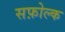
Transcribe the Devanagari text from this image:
सफ़ोल्क